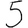
Digit: 5